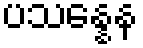
ပသန္နေန